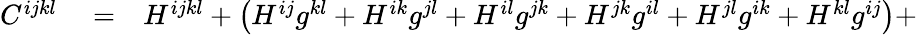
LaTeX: \begin{array}{rlr}{C^{ijkl}}&{{}=}&{H^{ijkl}+\left(H^{ij}g^{kl}+H^{ik}g^{jl}+H^{il}g^{jk}+H^{jk}g^{il}+H^{jl}g^{ik}+H^{kl}g^{ij}\right)+}\end{array}